Jarvakandi_vallavalitsus, lk 24
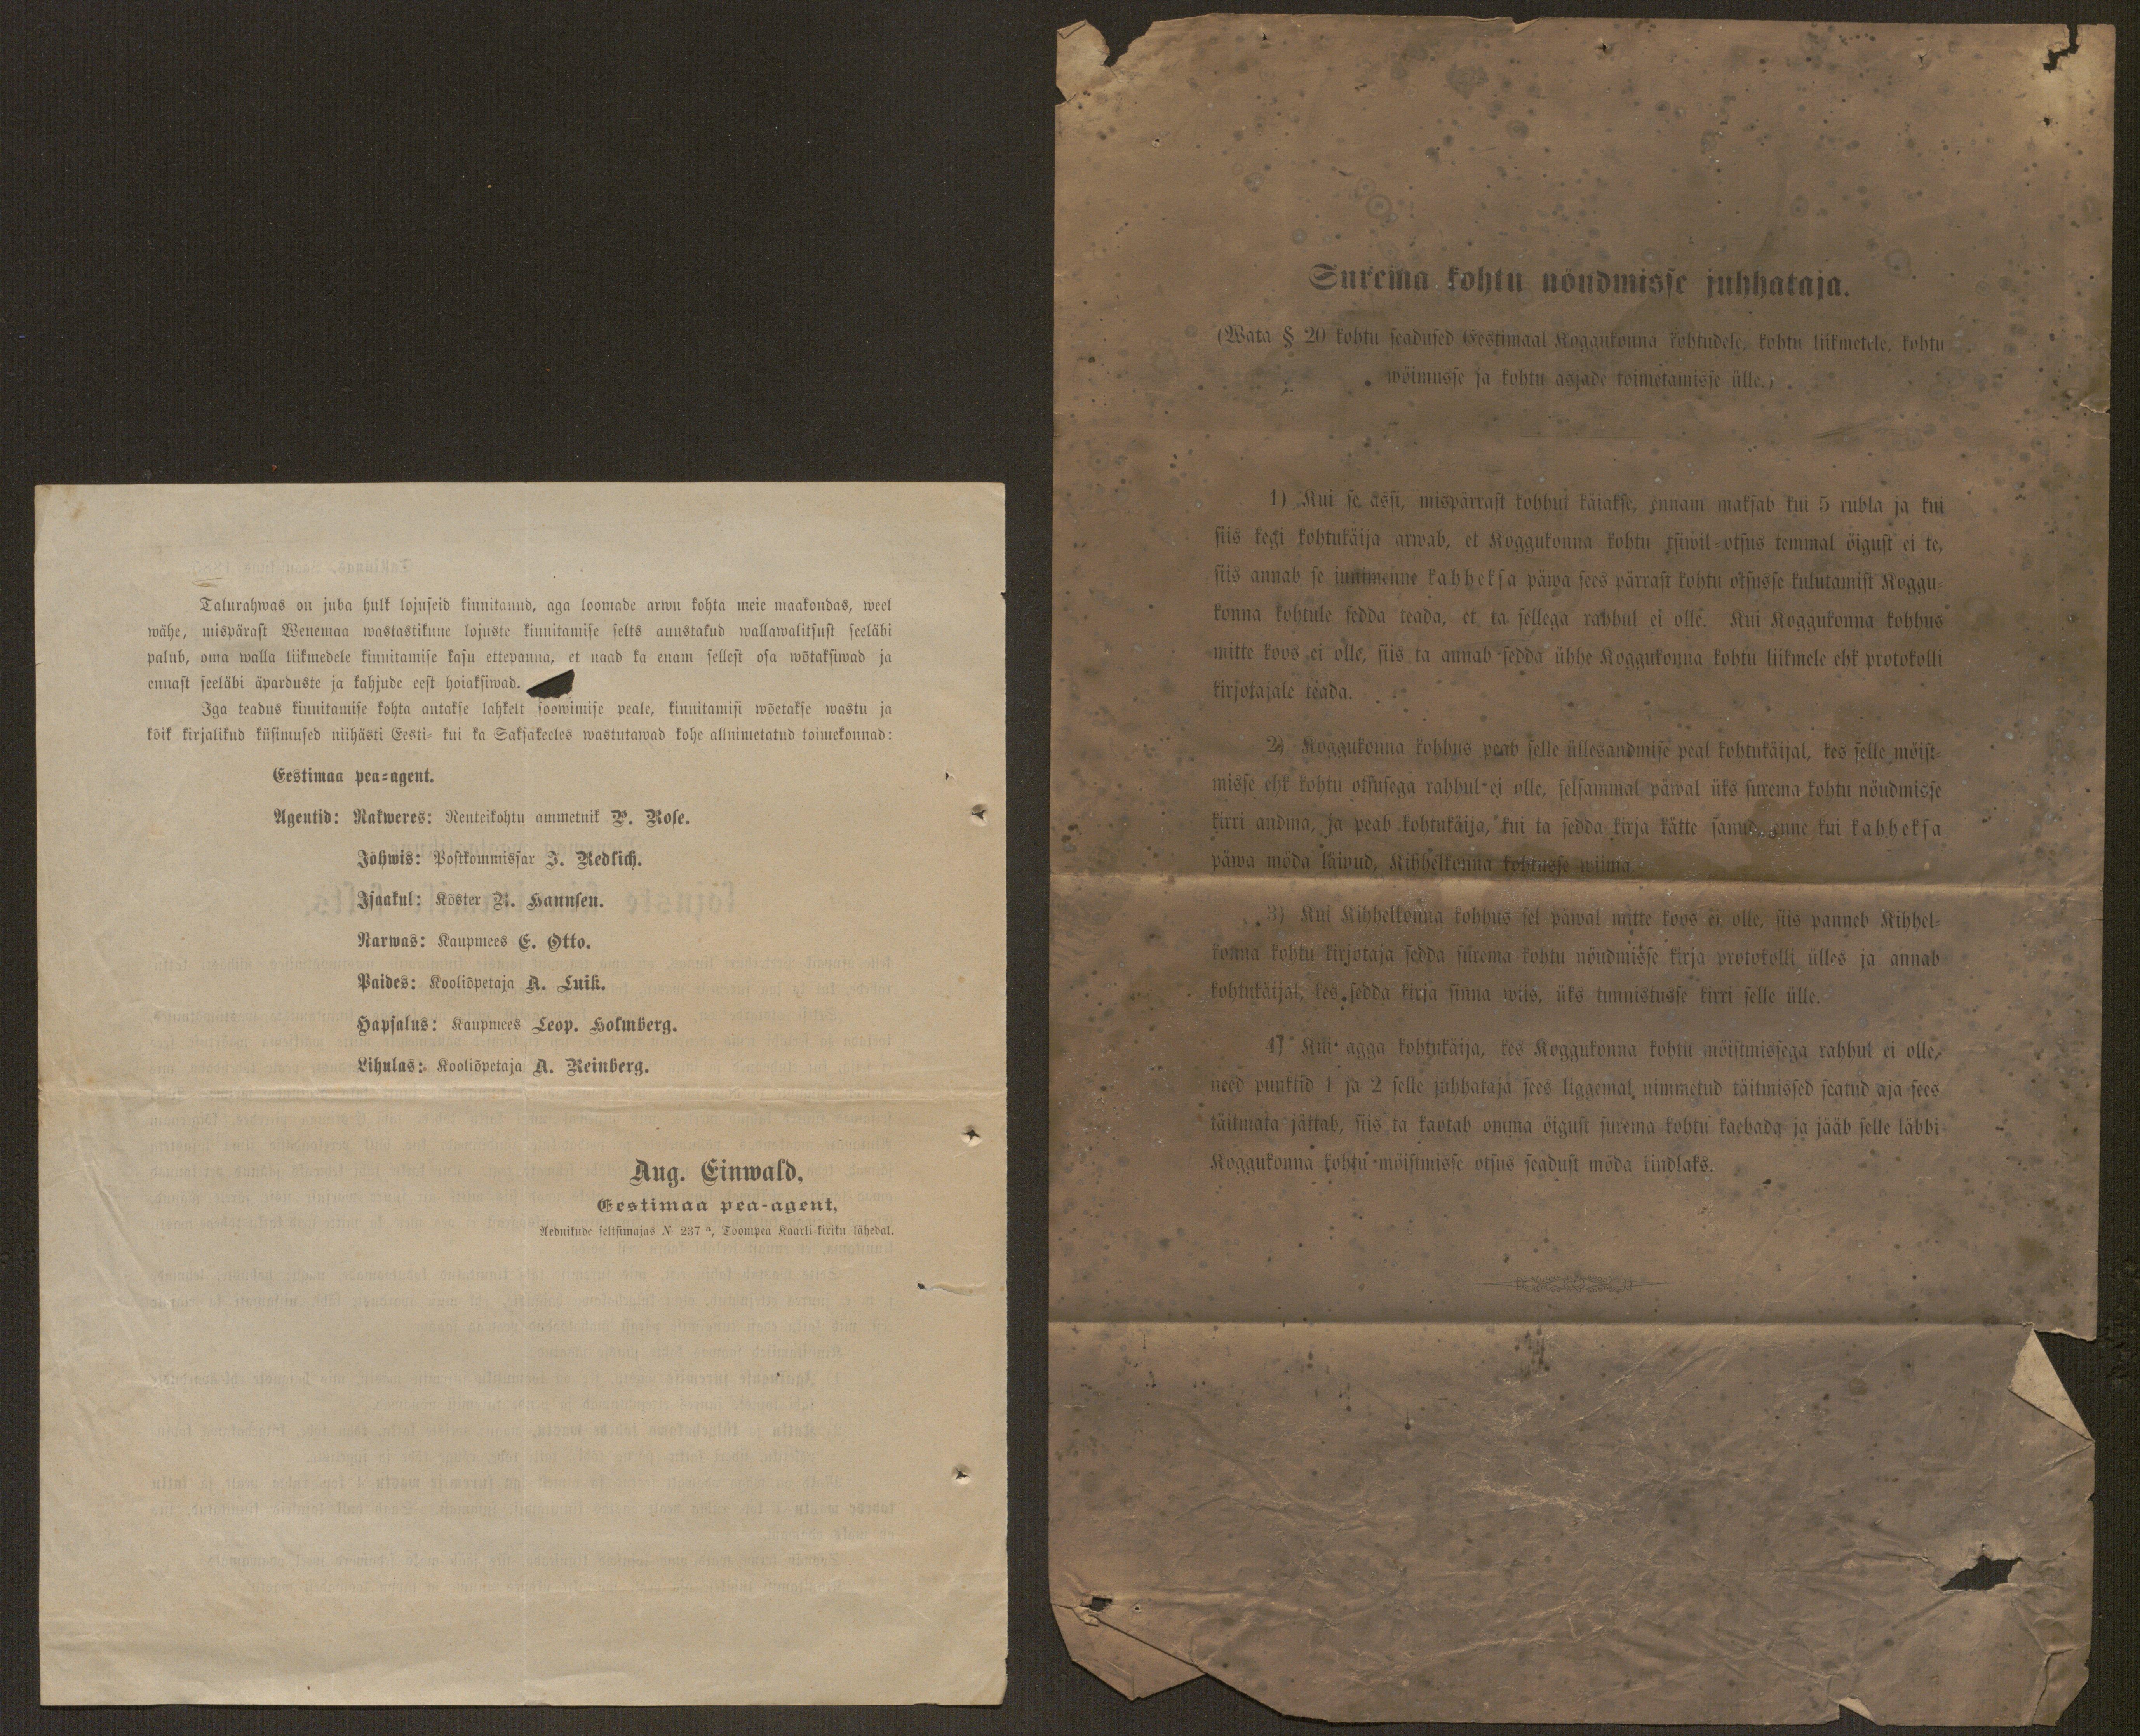
Talurahwas on juba hulk lojuseid kinnitanud, aga loomade arwu kohta meie maakondas, weel
wähe, mispärast Wenemaa wastastikune lojuste kinnitamise selts auustatud wallawalitsust seeläbi
palub, oma walla liikmedele kinnitamise kasu ettepanna, et naad ka enam sellest osa wõtaksiwad ja
ennast seeläbi äparduste ja kahjude eest hoiaksiwad.
Iga teadus kinnitamise kohta antakse lahkelt soowimise peale, kinnittamisi wõetakse wastu ja
kõik kirjalikud küsimused niihästi Eesti- kui ka Saksakeeles wastutawad kohe allnimetatud toimekonnad:
Eestimaa pea-agent.
Agentid: Rakweres: Renteikohtu ammetnik J. Kose.
Jõhwis: Bostkonnissar J. Redlich.
Isaakul: Kõster K. Hannsen.
Narwas: Kaupmees E. Otto.
Paides: Kooliõpetaja A. Luik.
Hapsalus: Kaupmees Leop. Holmberg.
Lihulas: Kooliõpetaja A. Reinberg.
Aug. Einwald,
Eestimaa pea-agent,
Aednikude seltsimajas No 237 a, Toompea Kaarli-kiriku lähedal.

Surema kohtu nõudmisse juhhataja.
(Wata § 20 kohtu seadused Eestimaal Koggukonna kohtudele, kohtu liikmetele, kohtu
wõimusse ja kohtu asjade toimetamisse ülle.)
1) Kui se assi, mispärrast kohhut käiakse, ennam maksab kui 5 rubla ja kui
siis kegi kohtukäija arwab, et Koggukonna kohtu tsiwil-otsus temmal öigust ei te,
siis annab se innimenne kahheksa päwa sees pärrast kohtu otsusse kulutamist Koggu-
konna kohtule sedda teada, et ta sellega rahhul ei olle. Kui Koggukonna kohhus
mitte koos ei olle, siis ta annab sedda ühhe Koggukonna kohtu liikmele ehk protokolli
kirjotajale teada.
2) Koggukonna kohhus peab selle üllesandmise peal kohtukäijal, kes sellega mõist-
misse ehk kohtu otsusega rahhul ei olle, selsammal päwal üks surema kohta nõudmisse
kirri andma, ja peab kohtukäija, kui ta sedda kirja kätte sanud, suur kui kahheksa
päwa möda käinud, Kihhelkonna kohtusse wiima.
3) Kui Kihhelkonna kohhus sel päwal mitte koos ei olle, siis panneb Kihkel-
konna kohtu kirjotaja sedda surema kohto nõudmisse kirja protokolli ülles ja annab
kohtukäijal, kes, sedda kirja sinna wiis, üks tunnistusse kirri selle ülle.
4) Kui agga kohtukäija, kes Koggukonna kohtu mõistmissega rahhul ei olle,
need punktid 1 ja 2 selle juhhataja sees liggemal nimmetud täitmissed seatud aja sees
täitmata jättab, siis ta kaotab omma õigust surema kohtu kaebada ja jääb selle läbbi
Koggukonna kohtu mõistmisse otsus seadust möda kindlaks.